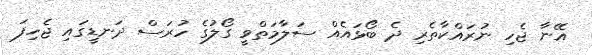
އޭނާ ޖެހި ނުރައްކާތެރި ދެ ބޯޅައެއް ސަލާމަތްވީ ގޯލުގެ ހުރަސް ދަނޑީގައި ޖެހިފަ